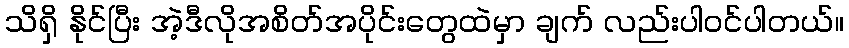
သိရှိ နိုင်ပြီး အဲ့ဒီလိုအစိတ်အပိုင်းတွေထဲမှာ ချက် လည်းပါဝင်ပါတယ်။